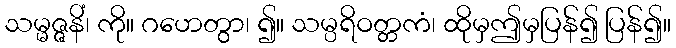
သမ္မဇ္ဇနိံ၊ ကို။ ဂဟေတွာ၊ ၍။ သမ္ပရိဝတ္တကံ၊ ထိုမှဤမှပြန်၍ ပြန်၍။